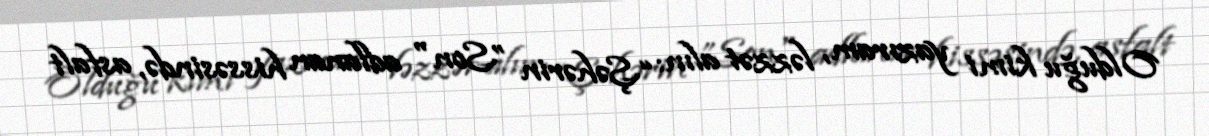
Olduğu kimi yazıram, ləzzət alın: “Şəhərin ”Son" adlanan hissəsində, asfalt